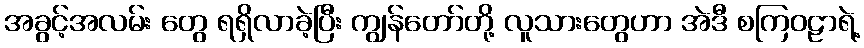
အခွင့်အလမ်း တွေ ရရှိလာခဲ့ပြီး ကျွန်တော်တို့ လူသားတွေဟာ အဲဒီ စကြဝဠာရဲ့